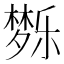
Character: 𰋗